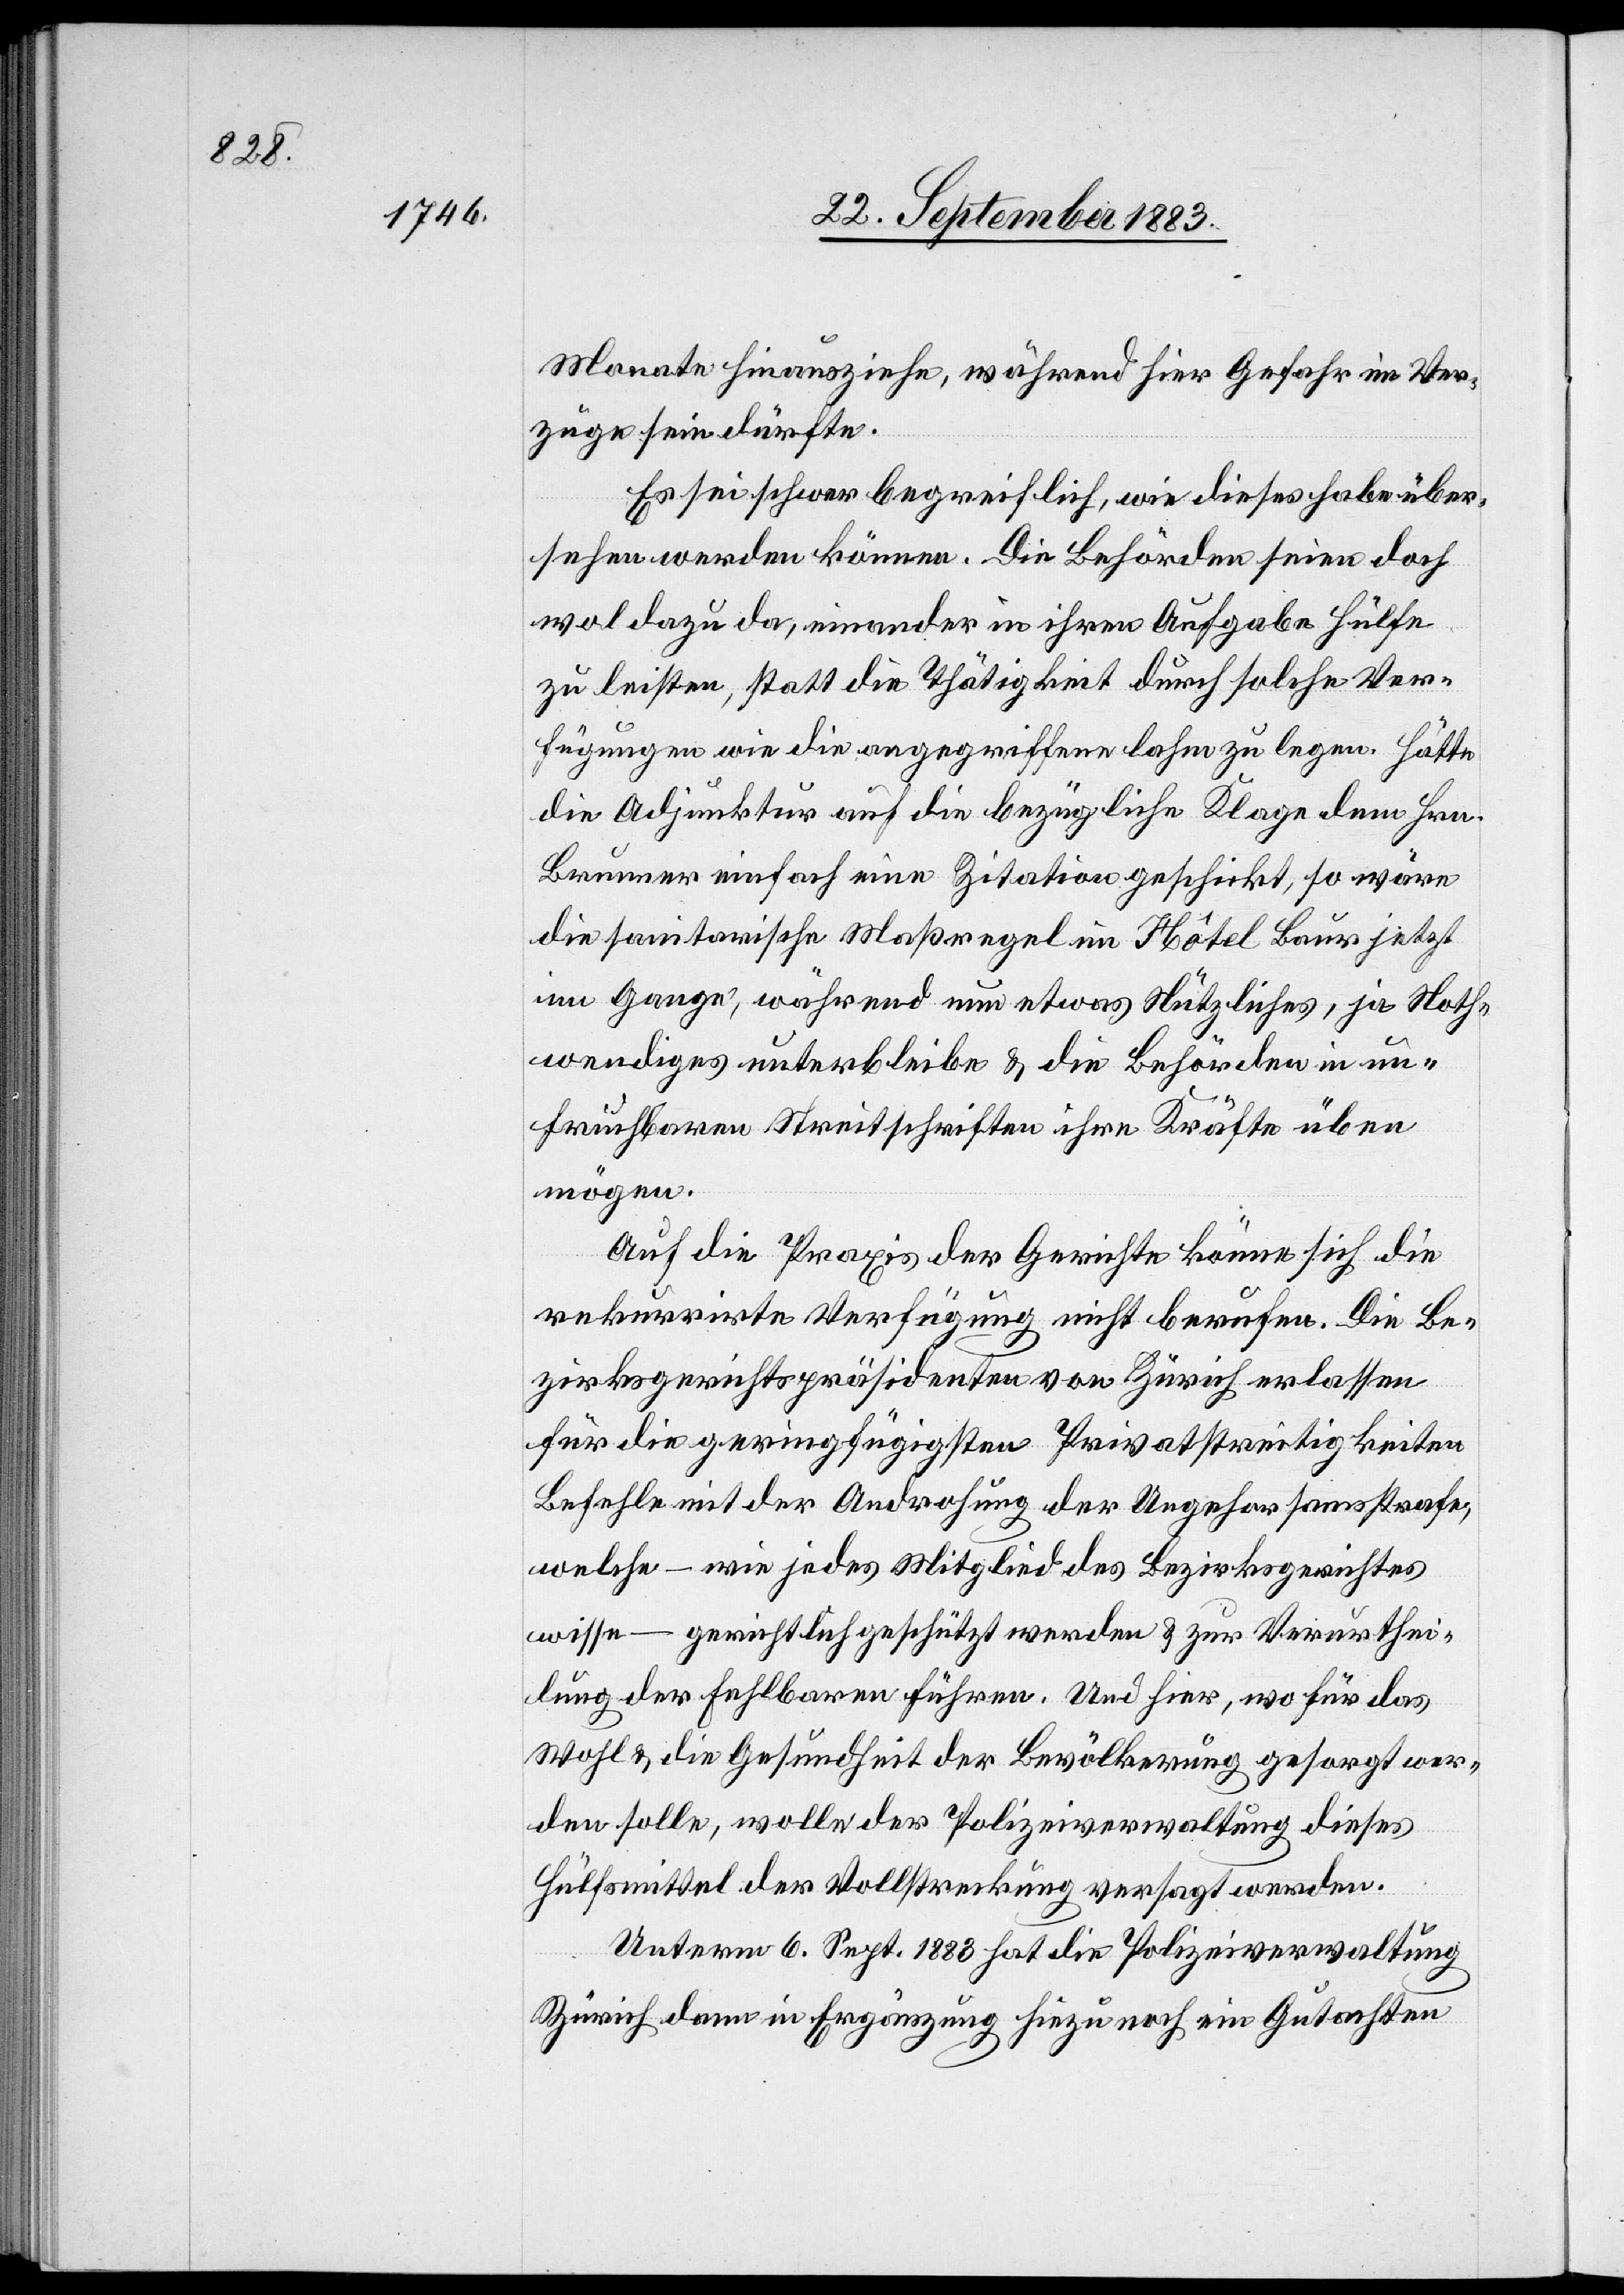
Monate hinausziehe, während hier Gefahr im Ver¬
zuge sein dürfte.
Es sei schwer begreiflich, wie dieses habe über¬
sehen werden können. Die Behörden seien doch
wol dazu da, einander in ihren Aufgabe[n] Hülfe
zu leisten, statt die Thätigkeit durch solche Ver¬
fügungen wie die angegriffene lahm zu legen. Hätte
die Adjunktur auf die bezügliche Klage dem Hrn.
Brunner einfach eine Zitation geschickt, so wäre
die sanitarische Maßregel im Hôtel Baur jetzt
im Gange, während nun etwas Nützliches, ja Noth¬
wendiges unterbleibe & die Behörden in un¬
fruchtbaren Streitschriften ihre Kräfte üben
mögen.
Auf die Praxis der Gerichte könne sich die
rekurrirte Verfügung nicht berufen. Die Be¬
zirksgerichtspräsidenten von Zürich erlassen
für die geringfügigsten Privatstreitigkeiten
Befehle mit der Androhung der Ungehorsamsstrafe,
welche – wie jedes Mitglied des Bezirksgerichtes
wisse – gerichtlich geschützt werden & zur Verurthei¬
lung der Fehlbaren führen. Und hier, wo für das
Wohl & die Gesundheit der Bevölkerung gesorgt wer¬
den solle, wolle der Polizeiverwaltung dieses
Hülfsmittel der Vollstreckung versagt werden.
Unterm 6. Sept. 1883 hat die Polizeiverwaltung
Zürich dann in Ergänzung hiezu noch ein Gutachten